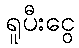
ရူပီးငွေ